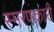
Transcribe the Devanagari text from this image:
स्मरणकारी